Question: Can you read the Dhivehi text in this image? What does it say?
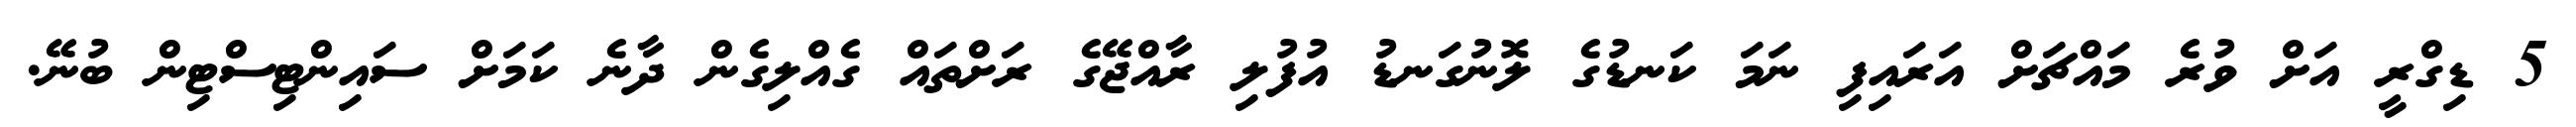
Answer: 5 ޑިގްރީ އަށް ވުރެ މައްޗަށް އަރައިފި ނަމަ ކަނޑުގެ ލޮނުގަނޑު އުފުލި ރާއްޖޭގެ ރަށްތައް ގެއްލިގެން ދާނެ ކަމަށް ސައިންޓިސްޓިން ބުނޭ.